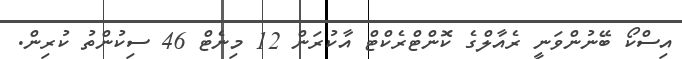
އިސްކޯ ބޭނުންވަނީ ރެއާލްގެ ކޮންޓްރެކްޓް އާކުރަން 12 މިނެޓް 46 ސިކުންތު ކުރިން.